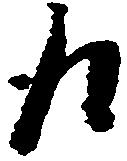
取